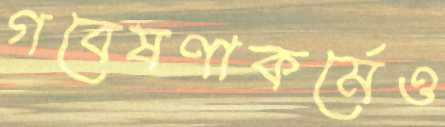
গবেষণাকর্মেও